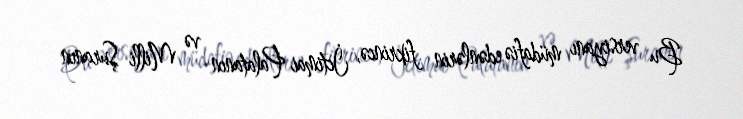
Bu versiyanı müdafiə edənlərin fikrincə, İctimai Palatanın və Milli Şuranın